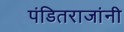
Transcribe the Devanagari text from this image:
पंडितराजांनी